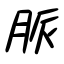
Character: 脈